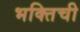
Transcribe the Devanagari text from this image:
भक्तिची